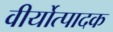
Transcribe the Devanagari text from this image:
वीर्योत्पादक